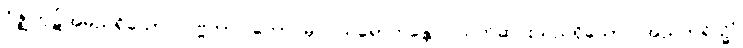
ဂိဇ္ဈကုဋ်အမည်ရှိသော။ ပဗ္ဗတာ၊ တောင်မှ။ ဩရောဟန္တော၊ သက်ဆင်းသည်ရှိသော်။ အညတရိသ္မိံ၊